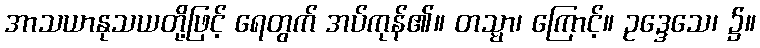
အာသယာနုသယတို့ဖြင့် ရေတွက် အပ်ကုန်၏။ တသ္မာ၊ ကြောင့်။ ဥဒ္ဒေသေ၊ ၌။